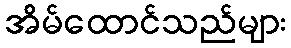
အိမ်ထောင်သည်များ